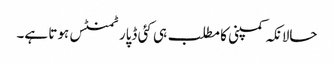
حالانکہ کمپنی کا مطلب ہی کئی ڈپارٹمنٹس ہوتا ہے۔